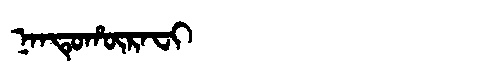
Manchu: ᠨᠠᠨᡨᡠᡥᡡᡵᠠᠸᡳ
Romanization: NANTUHŪRAFI